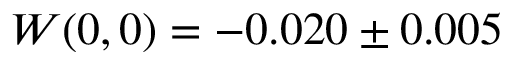
W ( 0 , 0 ) = - 0 . 0 2 0 \pm 0 . 0 0 5